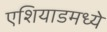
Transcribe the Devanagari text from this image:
एशियाडमध्ये